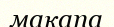
мақапа